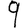
Digit: 9